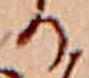
る